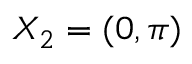
X _ { 2 } = ( 0 , \pi )